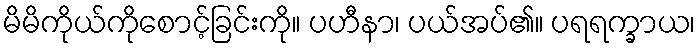
မိမိကိုယ်ကိုစောင့်ခြင်းကို။ ပဟီနာ၊ ပယ်အပ်၏။ ပရရက္ခာယ၊